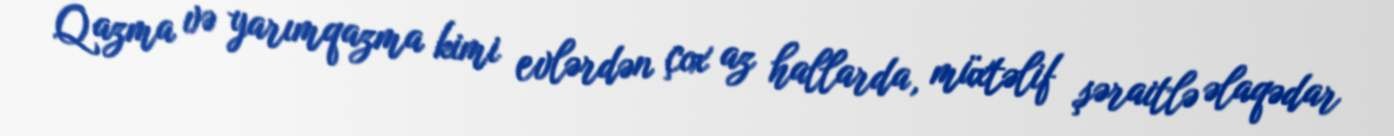
Qazma və yarımqazma kimi evlərdən çox az hallarda, müxtəlif şəraitlə əlaqədar